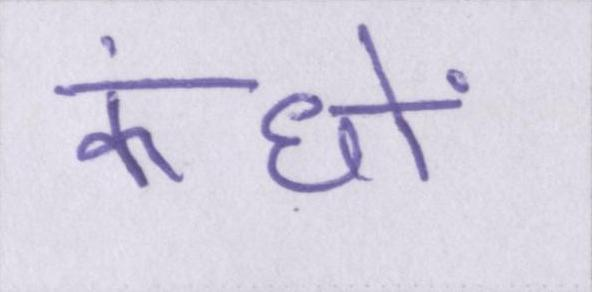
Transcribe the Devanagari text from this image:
कंधों